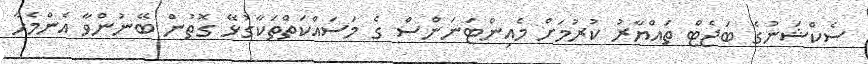
ސެކްޝަނުގެ ބަޖެޓް ތައްޔާރު ކުރުމަށް މެއިންޓަނަންސް ގެ މަސައްކަތްތަކާގުޅޭ ގޮތުން ބޭނުންވާ އެންމެހާ